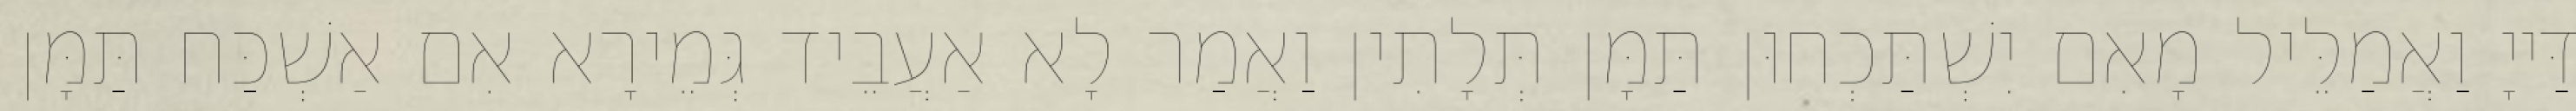
דַּייָ וַאֲמַלֵּיל מָאִם יִשְׁתַּכְחוּן תַּמָּן תְּלָתִין וַאֲמַר לָא אַעֲבֵיד גְּמֵירָא אִם אַשְׁכַּח תַּמָּן